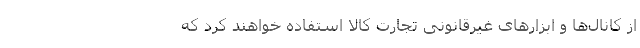
از کانال‌ها و ابزارهای غیرقانونی تجارت کالا استفاده خواهند کرد که